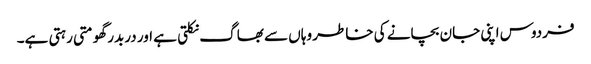
فردوس اپنی جان بچانے کی خاطر وہاں سے بھاگ نکلتی ہے اور دربدر گھومتی رہتی ہے۔